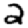
Digit: 2